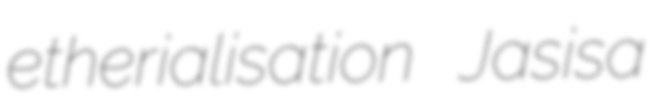
etherialisation Jasisa